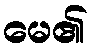
မေ၏